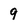
Character: 9